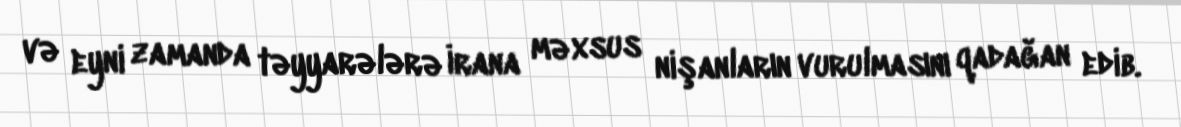
və eyni zamanda təyyarələrə İrana məxsus nişanların vurulmasını qadağan edib.